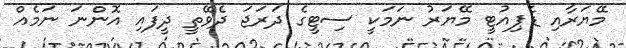
މޭޔަރާއި ޑެޕިއުޓީ މޭޔަރު ނަމަކީ ސިޓީގެ ދަރަޖަ ދެވޭތީ ދީފައި އޮންނަ ނަމެއް